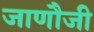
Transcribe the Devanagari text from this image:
जाणौजी